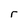
Character: r